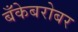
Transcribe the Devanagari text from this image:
बँकेबरोबर